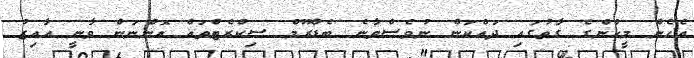
އެހެން މީހުންގެ ގާތުގައި ދައްކަން ނުވެސްވާނެ ބެޑްރޫމް ސިކްރެޓްތައް އޮންނަން ވާނީ އާއިޒު